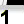
Digit: 1